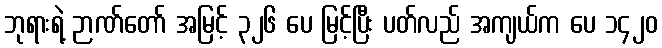
ဘုရားရဲ့ ဉာဏ်တော် အမြင့် ၃၂၆ ပေ မြင့်ပြီး ပတ်လည် အကျယ်က ပေ ၁၄၂၀